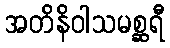
အတိနိဝါသမစ္ဆရီ